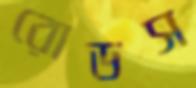
রোডস